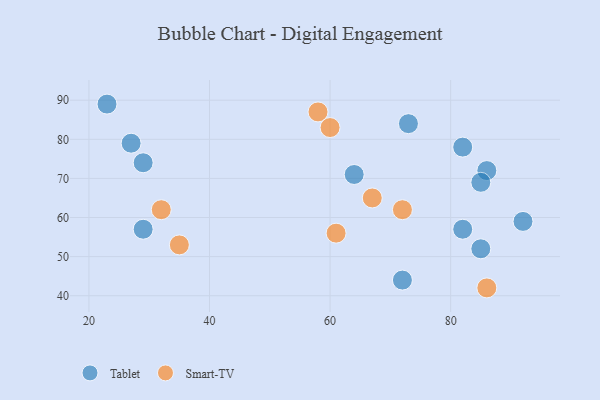
{"axis": {"x": "GDP", "y": "Life Expectancy"}, "legend": ["Smart-TV", "Tablet"], "data": [{"x": "86", "y": 72, "type": "Tablet"}, {"x": "72", "y": 44, "type": "Tablet"}, {"x": "29", "y": 74, "type": "Tablet"}, {"x": "64", "y": 71, "type": "Tablet"}, {"x": "82", "y": 57, "type": "Tablet"}, {"x": "85", "y": 69, "type": "Tablet"}, {"x": "23", "y": 89, "type": "Tablet"}, {"x": "85", "y": 52, "type": "Tablet"}, {"x": "29", "y": 57, "type": "Tablet"}, {"x": "82", "y": 78, "type": "Tablet"}, {"x": "27", "y": 79, "type": "Tablet"}, {"x": "73", "y": 84, "type": "Tablet"}, {"x": "92", "y": 59, "type": "Tablet"}, {"x": "86", "y": 42, "type": "Smart-TV"}, {"x": "72", "y": 62, "type": "Smart-TV"}, {"x": "35", "y": 53, "type": "Smart-TV"}, {"x": "58", "y": 87, "type": "Smart-TV"}, {"x": "32", "y": 62, "type": "Smart-TV"}, {"x": "61", "y": 56, "type": "Smart-TV"}, {"x": "60", "y": 83, "type": "Smart-TV"}, {"x": "67", "y": 65, "type": "Smart-TV"}]}